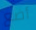
أضع